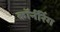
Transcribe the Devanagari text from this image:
कॉर्नरिंग